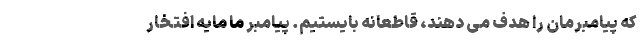
که پیامبرمان را هدف می دهند، قاطعانه بایستیم. پیامبر ما مایه افتخار